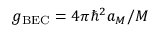
g _ { \mathrm { B E C } } = 4 \pi \hbar ^ { 2 } a _ { M } / M